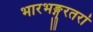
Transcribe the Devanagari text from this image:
भारभङ्गुरतरां